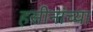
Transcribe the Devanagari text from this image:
हसीनांच्या